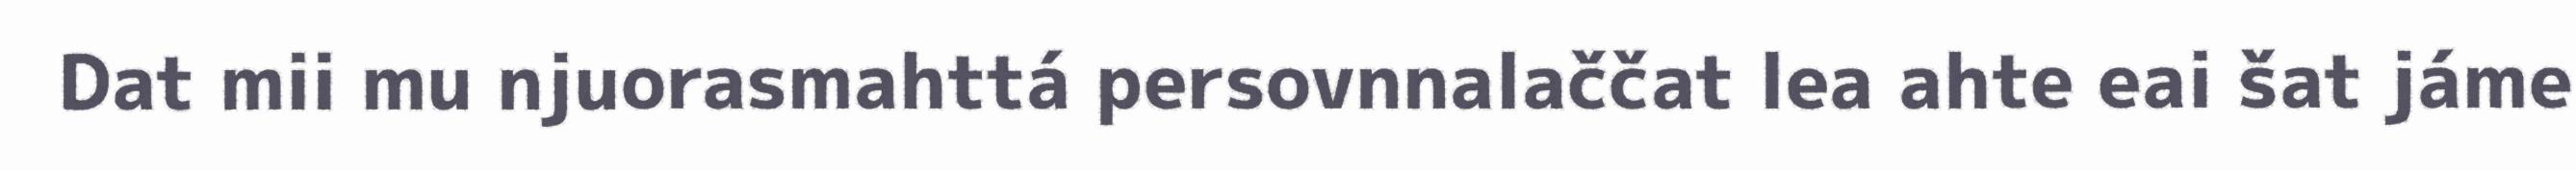
Dat mii mu njuorasmahttá persovnnalaččat lea ahte eai šat jáme